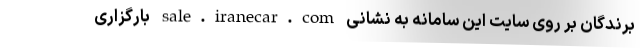
برندگان بر روی سایت این سامانه به نشانی sale.iranecar.com بارگزاری